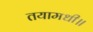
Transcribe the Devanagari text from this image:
तयामधी॥